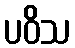
ပဝိသ